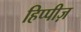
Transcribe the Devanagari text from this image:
हिप्पीज़